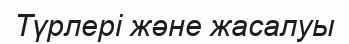
Түрлері және жасалуы